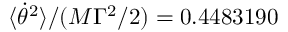
\langle \dot { \theta } ^ { 2 } \rangle / ( M \Gamma ^ { 2 } / 2 ) = 0 . 4 4 8 3 1 9 0